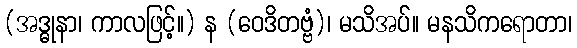
(အဒ္ဓုနာ၊ ကာလဖြင့်။) န (ဝေဒိတဗ္ဗံ)၊ မသိအပ်။ မနသိကရောတာ၊